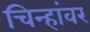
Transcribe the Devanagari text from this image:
चिन्हांवर